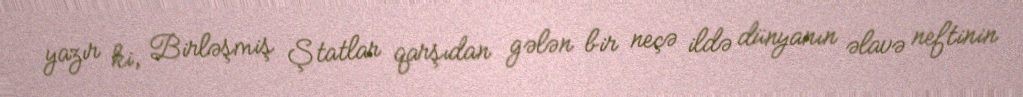
yazır ki, Birləşmiş Ştatlar qarşıdan gələn bir neçə ildə dünyanın əlavə neftinin